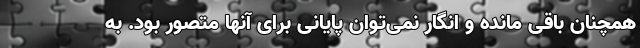
همچنان باقی مانده و انگار نمی‌توان پایانی برای آنها متصور بود. به